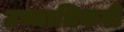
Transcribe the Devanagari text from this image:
उच्चाधिकरी